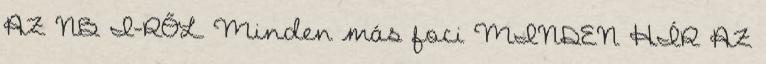
AZ NB I-RŐL Minden más foci MINDEN HÍR AZ